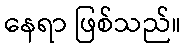
နေရာ ဖြစ်သည်။